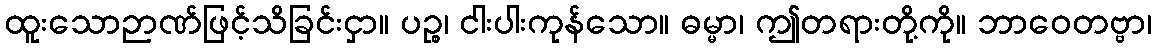
ထူးသောဉာဏ်ဖြင့်သိခြင်းငှာ။ ပဉ္စ၊ ငါးပါးကုန်သော။ ဓမ္မာ၊ ဤတရားတို့ကို။ ဘာဝေတဗ္ဗာ၊